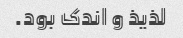
لذیذ و اندک بود.